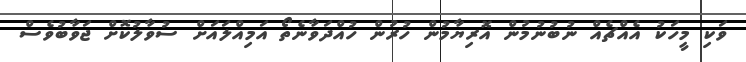
ވަކި މީހަކު އެއްޗެއް ނުބުނުމުން އޮރިޔާމުން ހުރުން ހުއްދަވާނެތޯ އަމިއްލައަށް ސުވާލުކޮށް ޖަވާބުވެސް